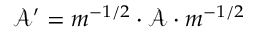
\mathcal { A } ^ { \prime } = m ^ { - 1 / 2 } \cdot \mathcal { A } \cdot m ^ { - 1 / 2 }